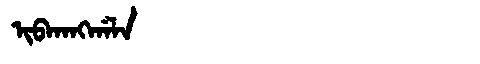
Manchu: ᡳᠪᡴᠠᠩᡤᠠᠯᠠ
Romanization: IBKANGGALA